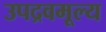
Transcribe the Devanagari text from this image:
उपद्रवमूल्य